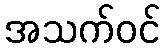
အသက်ဝင်